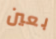
بعين